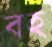
বহ